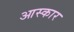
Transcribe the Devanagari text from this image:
आस्कार